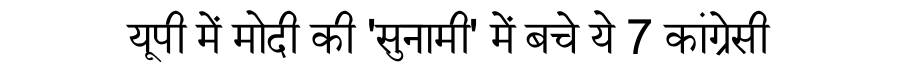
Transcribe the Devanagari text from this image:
यूपी में मोदी की 'सुनामी' में बचे ये 7 कांग्रेसी